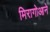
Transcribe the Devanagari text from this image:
मिरागोआने